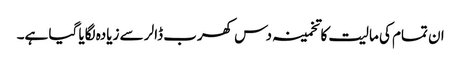
ان تمام کی مالیت کا تخمینہ دس کھرب ڈالر سے زیادہ لگایا گیا ہے۔